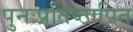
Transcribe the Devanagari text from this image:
पुनःप्रतिष्ठापित